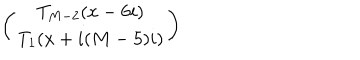
LaTeX: \left( \begin{array} { c } { { T _ { M - 2 } ( x - 6 i ) } } \\ { { T _ { 1 } ( x + i ( M - 5 ) i ) } } \\ \end{array} \right)